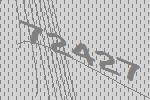
72427